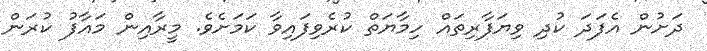
ދަށުން އެފަދަ ކުދި ވިޔަފާރިތައް ހިމާޔަތް ކުރެވިފައިވާ ކަމަށެވެ. މީރާއިން މައާފު ކުރަން